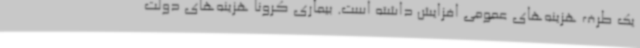
یک طرف هزینه‌های عمومی افزایش داشته است. بیماری کرونا هزینه‌های دولت